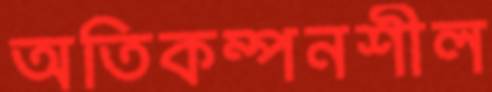
অতিকম্পনশীল